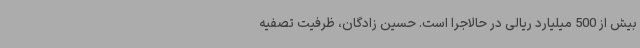
بیش از 500 میلیارد ریالی در حالاجرا است. حسین زادگان، ظرفیت تصفیه